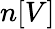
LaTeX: n[V]